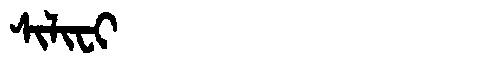
Manchu: ᠰᡳᠯᡳᠸᡳ
Romanization: SILIFI